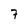
Character: 7